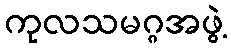
ကုလသမဂ္ဂအဖွဲ့